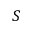
S